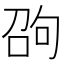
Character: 𠣫